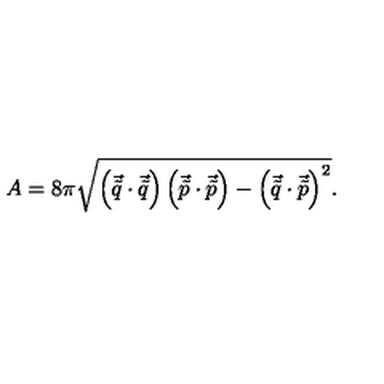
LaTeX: A = 8 \pi \sqrt { \left( \vec { \tilde { q } } \cdot \vec { \tilde { q } } \right) \left( \vec { \tilde { p } } \cdot \vec { \tilde { p } } \right) - \left( \vec { \tilde { q } } \cdot \vec { \tilde { p } } \right) ^ { 2 } } .